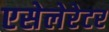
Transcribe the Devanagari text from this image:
एसेलेरेटर